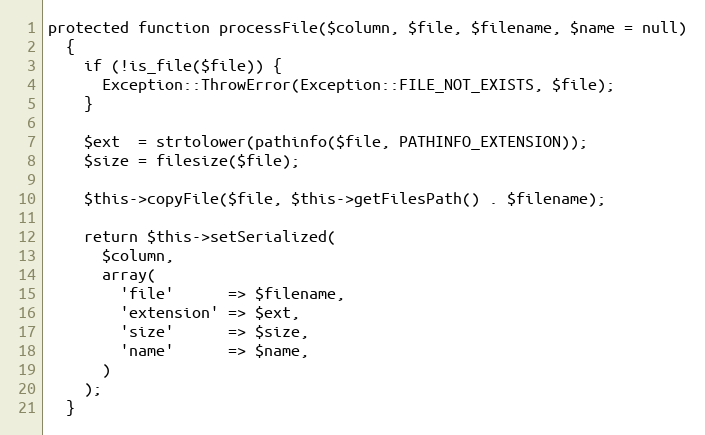
Language: PHP
protected function processFile($column, $file, $filename, $name = null)
  {
    if (!is_file($file)) {
      Exception::ThrowError(Exception::FILE_NOT_EXISTS, $file);
    }

    $ext  = strtolower(pathinfo($file, PATHINFO_EXTENSION));
    $size = filesize($file);

    $this->copyFile($file, $this->getFilesPath() . $filename);

    return $this->setSerialized(
      $column,
      array(
        'file'      => $filename,
        'extension' => $ext,
        'size'      => $size,
        'name'      => $name,
      )
    );
  }